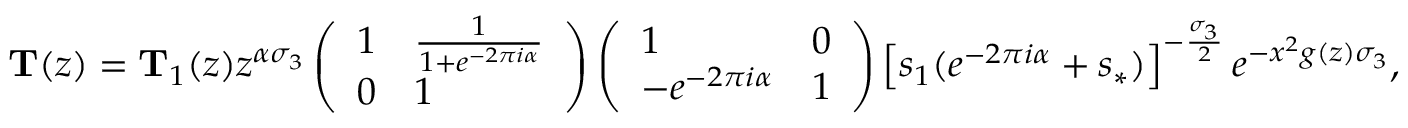
\mathbf { T } ( z ) = \mathbf { T } _ { 1 } ( z ) z ^ { \alpha \sigma _ { 3 } } \left( \begin{array} { l l } { 1 } & { \frac { 1 } { 1 + e ^ { - 2 \pi i \alpha } } } \\ { 0 } & { 1 } \end{array} \right) \left( \begin{array} { l l } { 1 } & { 0 } \\ { - e ^ { - 2 \pi i \alpha } } & { 1 } \end{array} \right) \left[ s _ { 1 } ( e ^ { - 2 \pi i \alpha } + s _ { * } ) \right] ^ { - \frac { \sigma _ { 3 } } { 2 } } e ^ { - x ^ { 2 } g ( z ) \sigma _ { 3 } } ,